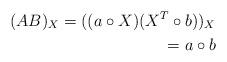
LaTeX: \begin{align*}(AB)_X = ((a \circ X)(X^T \circ b))_X\\ = a \circ b\end{align*}